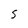
Character: S